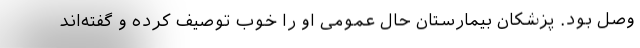
وصل بود. پزشکان بیمارستان حال عمومی او را خوب توصیف کرده و گفته‌اند